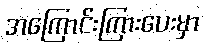
အကြောင်းကြားပေးမှာ